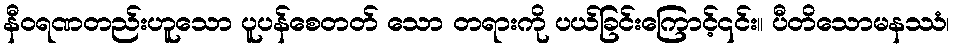
နီဝရဏတည်းဟူသော ပူပန်စေတတ် သော တရားကို ပယ်ခြင်းကြောင့်၎င်း။ ပီတိသောမနဿံ၊